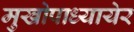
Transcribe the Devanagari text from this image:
मुखोपाध्यायेर